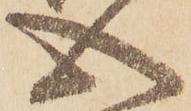
心